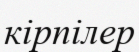
кірпілер